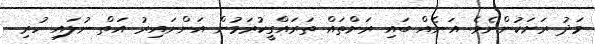
މަދު ރަށަކުންނެވެ. އަނެއް ބައި ރަށްތައް ތަރައްގީކުރަމުން އަންނައިރު އަތް ނުލައި ހުރި